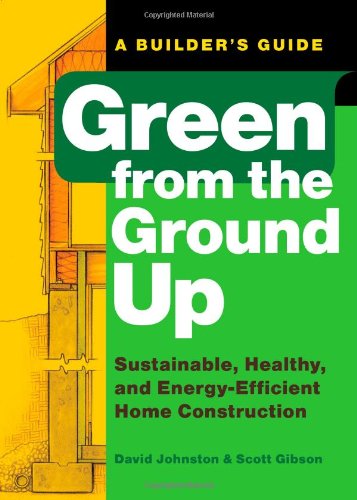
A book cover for Green from the Ground Up: Sustainable, Healthy, and Energy-Efficient Home Construction (Builder's Guide); David Johnston; Crafts, Hobbies & Home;